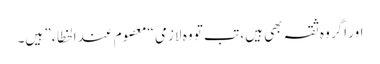
اور اگر وہ ثقہ بھی ہیں، تب تو وہ لازمی “معصوم عند الخطاء” ہیں۔